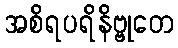
အစိရပရိနိဗ္ဗုတေ